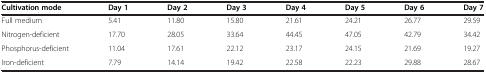
<table><thead><tr><td><b>Cultivation mode</b></td><td><b>Day 1</b></td><td><b>Day 2</b></td><td><b>Day 3</b></td><td><b>Day 4</b></td><td><b>Day 5</b></td><td><b>Day 6</b></td><td><b>Day 7</b></td></tr></thead><tbody><tr><td>Full medium</td><td>5.41</td><td>11.80</td><td>15.80</td><td>21.61</td><td>24.21</td><td>26.77</td><td>29.59</td></tr><tr><td>Nitrogen-deficient</td><td>17.70</td><td>28.05</td><td>33.64</td><td>44.45</td><td>47.05</td><td>42.79</td><td>34.42</td></tr><tr><td>Phosphorus-deficient</td><td>11.04</td><td>17.61</td><td>22.12</td><td>23.17</td><td>24.15</td><td>21.69</td><td>19.27</td></tr><tr><td>Iron-deficient</td><td>7.79</td><td>14.14</td><td>19.42</td><td>22.58</td><td>22.23</td><td>29.88</td><td>28.67</td></tr></tbody></table>